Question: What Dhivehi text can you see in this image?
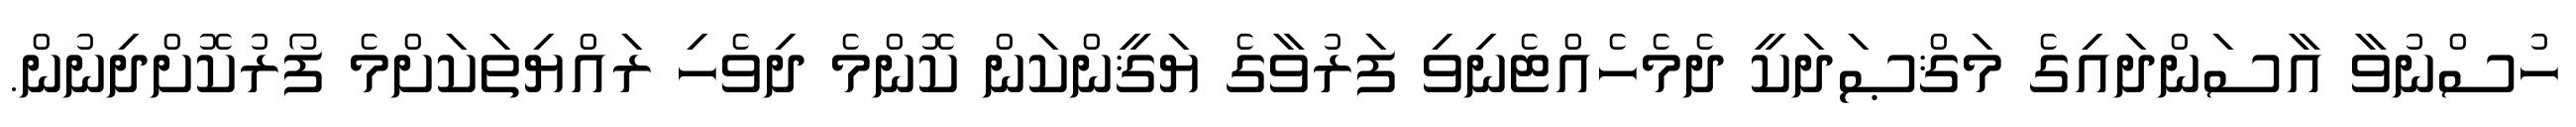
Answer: ހުސްނުވާ އާސަންދައިގެ މަޤްޞަދަކީ ދެމެހެއްޓެނިވި ފަރުވާގެ ޔަޤީންކަން ކޮންމެ ދިވެހި ރައްޔިތަކަށްމެ ފޯރުކޮށްދިނުން.